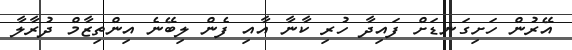
އޭރުން ހަށިގަނޑަށް ފައިދާ ހުރި ކާނާ އާއި ފެން ލިބޭނެ އިންތިޒާމް ދުރާލާ